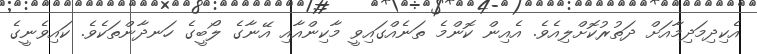
އެކިދިމަދިމާއަށް ދަތުރުކޮށްލިއެވެ. އެއިން ކޮންމެ ތަނެއްގައިވީ މާކިންއާއި އޭނާގެ ލޯބީގެ ހަނދާންތަކެވެ. ކައިވެނީގެ